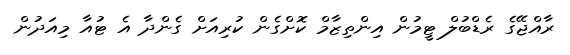
ރާއްޖޭގެ ރެޑްބުލް ޓީމުން އިންތިޒާމް ކޮށްގެން ކުރިއަށް ގެންދާ އެ ޓުއާ މިއަދުން